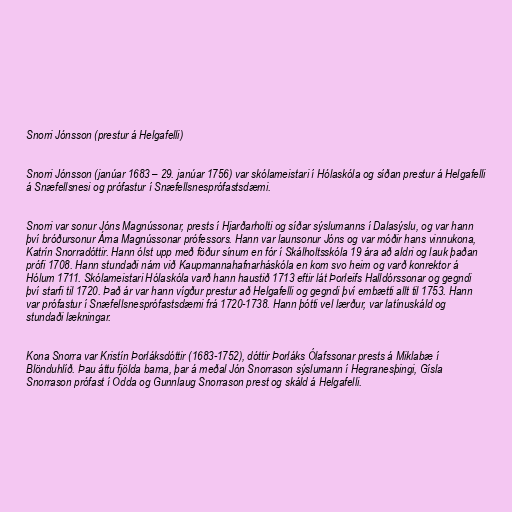
Snorri Jónsson (prestur á Helgafelli)

Snorri Jónsson (janúar 1683 – 29. janúar 1756) var skólameistari í Hólaskóla og síðan prestur á Helgafelli
á Snæfellsnesi og prófastur í Snæfellsnesprófastsdæmi.

Snorri var sonur Jóns Magnússonar, prests í Hjarðarholti og síðar sýslumanns í Dalasýslu, og var hann
því bróðursonur Árna Magnússonar prófessors. Hann var launsonur Jóns og var móðir hans vinnukona,
Katrín Snorradóttir. Hann ólst upp með föður sínum en fór í Skálholtsskóla 19 ára að aldri og lauk þaðan
prófi 1708. Hann stundaði nám við Kaupmannahafnarháskóla en kom svo heim og varð konrektor á
Hólum 1711. Skólameistari Hólaskóla varð hann haustið 1713 eftir lát Þorleifs Halldórssonar og gegndi
því starfi til 1720. Það ár var hann vígður prestur að Helgafelli og gegndi því embætti allt til 1753. Hann
var prófastur í Snæfellsnesprófastsdæmi frá 1720-1738. Hann þótti vel lærður, var latínuskáld og
stundaði lækningar.

Kona Snorra var Kristín Þorláksdóttir (1683-1752), dóttir Þorláks Ólafssonar prests á Miklabæ í
Blönduhlíð. Þau áttu fjölda barna, þar á meðal Jón Snorrason sýslumann í Hegranesþingi, Gísla
Snorrason prófast í Odda og Gunnlaug Snorrason prest og skáld á Helgafelli.